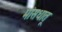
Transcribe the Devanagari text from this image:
मांसधातू